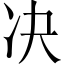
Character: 决